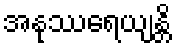
အနုဿရေယျန္တိ